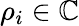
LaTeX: \rho_{i}\in\mathbb{C}